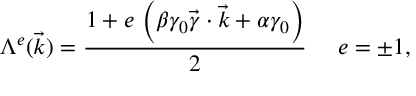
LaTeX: \Lambda ^ { e } ( \vec { k } ) = \frac { 1 + e \, \left( \beta \gamma _ { 0 } \vec { \gamma } \cdot { \vec { k } } + \alpha \gamma _ { 0 } \right) } { 2 } ~ ~ ~ ~ e = \pm 1 ,